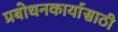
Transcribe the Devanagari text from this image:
प्रबोधनकार्यासाठी